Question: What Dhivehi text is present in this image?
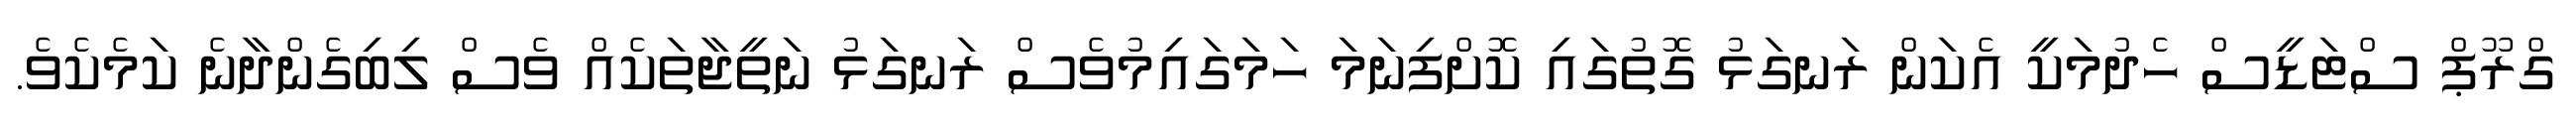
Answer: ގްރޫޕް ސްޓަޑީސް ހެދުމަކީ އެކަން ރަނގަޅު ގޮތުގައި ކޮށްފިނަމަ ހަމަގައިމުވެސް ރަނގަޅު ނަތީޖާތަކެއް ވެސް ލިބިގެންދާނެ ކަމެކެވެ.